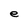
Character: e